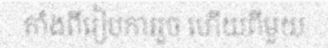
តាំងពីរៀបការរួច ហើយពីមួយ